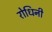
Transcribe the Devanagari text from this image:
रोधिनी